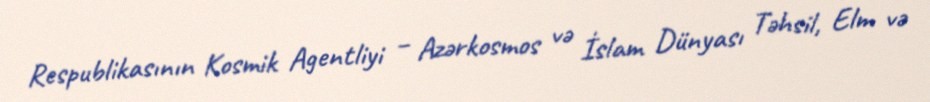
Respublikasının Kosmik Agentliyi – Azərkosmos və İslam Dünyası Təhsil, Elm və